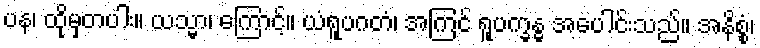
ပန၊ ထိုမှတပါး။ ယသ္မာ၊ ကြောင့်။ ယံရူပဂတံ၊ အကြင် ရူပက္ခန္ဓ အပေါင်းသည်။ အနိစ္စံ၊